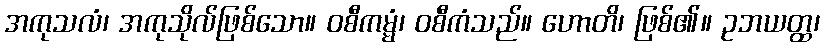
အကုသလံ၊ အကုသိုလ်ဖြစ်သော။ ဝစီကမ္မံ၊ ဝစီကံသည်။ ဟောတိ၊ ဖြစ်၏။ ဥဘယတ္ထ၊